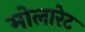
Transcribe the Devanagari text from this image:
मोलारेट